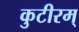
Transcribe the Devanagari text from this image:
कुटीरम्